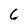
Character: 6